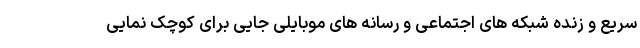
سریع و زنده شبکه های اجتماعی و رسانه های موبایلی جایی برای کوچک نمایی